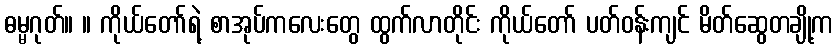
ဓမ္မဂုတ်။ ။ ကိုယ်တော်ရဲ့ စာအုပ်ကလေးတွေ ထွက်လာတိုင်း ကိုယ်တော် ပတ်ဝန်းကျင် မိတ်ဆွေတချို့က